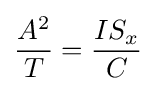
{\frac {A^{2}}{T}}={\frac {IS_{x}}{C}}